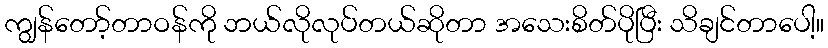
ကျွန်တော့်တာဝန်ကို ဘယ်လိုလုပ်တယ်ဆိုတာ အသေးစိတ်ပိုပြီး သိချင်တာပေါ့။